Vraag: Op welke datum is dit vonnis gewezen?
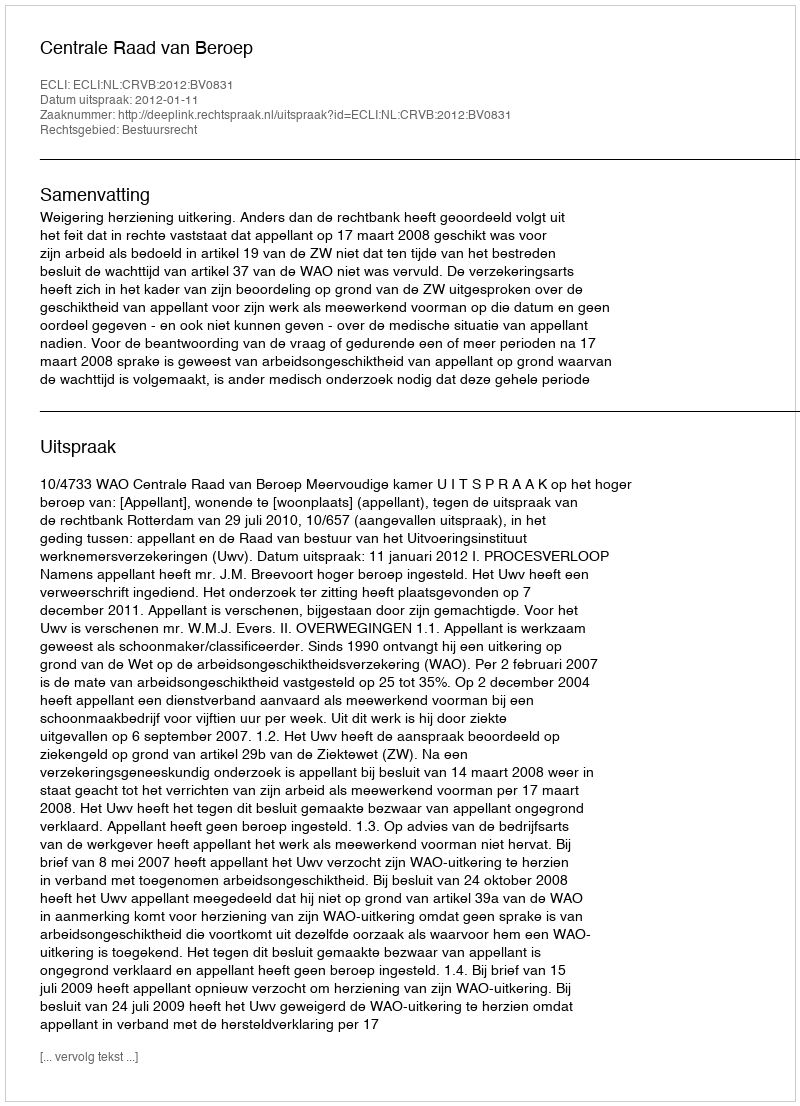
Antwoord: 2012-01-11